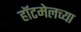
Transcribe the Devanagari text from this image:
हॉटमेलच्या